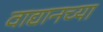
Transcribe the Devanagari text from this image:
वाद्यानच्या